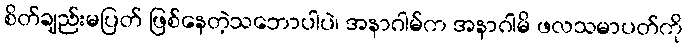
စိတ်ချည်းမပြတ် ဖြစ်နေတဲ့သဘောပါပဲ၊ အနာဂါမ်က အနာဂါမိ ဖလသမာပတ်ကို